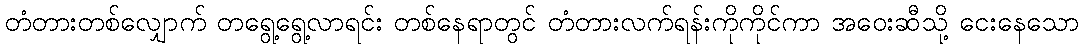
တံတားတစ်လျှောက် တရွေ့ရွေ့လာရင်း တစ်နေရာတွင် တံတားလက်ရန်းကိုကိုင်ကာ အဝေးဆီသို့ ငေးနေသော